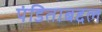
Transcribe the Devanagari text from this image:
पंडिताबद्दल